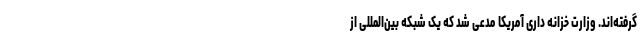
گرفته‌اند. وزارت خزانه داری آمریکا مدعی شد که یک شبکه بین‌المللی از